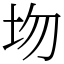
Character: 圽